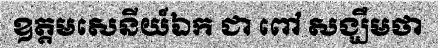
ឧត្តមសេនីយ៍ឯក ជា ពៅ សង្ឃឹមថា